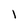
Character: l